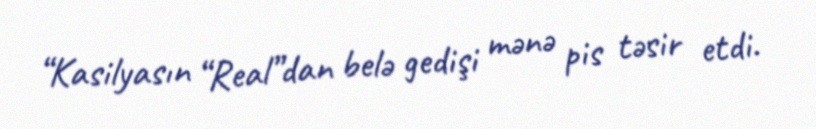
“Kasilyasın “Real”dan belə gedişi mənə pis təsir etdi.